Lunatic asylums Burma 1907-21 - 1907-1921
Year: 1907
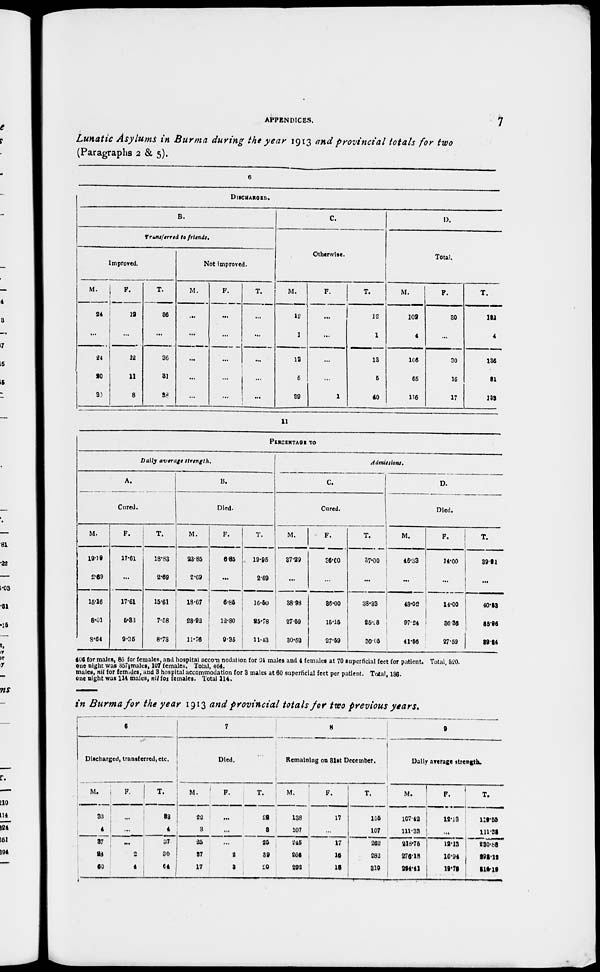
APPENDICES.
7
Lunatic Asylums in Burma during the year 1913 and provincial totals for two
(Paragraphs 2 & 5).
6
DISCHARGED.
B.
Transferred to friends.
Improved.
M.
24
...
24
20
30
F.
12
...
12
11
8
T.
36
...
36
31
38
Not improved.
M.
...
...
...
...
...
F.
...
...
...
...
...
T.
...
...
...
...
...
C.
Otherwise.
M.
12
1
13
5
39
F.
...
...
...
...
1
T.
12
1
13
5
40
D.
Total.
M.
102
4
106
65
116
F.
30
...
30
16
17
T.
132
4
136
81
233
11
PERCENTAGE TO
Daily average strength.
A.
Cured.
M.
19.19
2.69
15.16
8.01
8.64
F.
17.61
...
17.61
5.33
9.36
T.
18.83
2.69
15.61
7.58
8.73
B.
Died.
M.
23.85
2.69
18.67
28.22
11.76
F.
6.85
...
6.86
12.80
9.35
T.
19.95
2.69
16.50
25.78
11.43
Admissions.
C.
Cured.
M.
37.29
...
38.98
27.59
30.52
F.
56.60
...
36.00
15.15
27.59
T.
37..00
...
38.33
25.28
30.05
D.
Died.
M.
46.33
...
48.02
97.24
41.56
F.
14.00
...
14.00
36.36
27.59
T.
39.21
...
40.53
35.96
39.34
406 for males, 86 for females, and hospital accomodation for 24 males and 4 females at 70 superficial feet for patient. Total, 520.
one night was 357 males, 107 females. Total, 464.
males, nil for females, and 3 hospital accommodation for 3 males at 60 superficial feet per patient. Total, 136.
one night was 114 males, nil for females. Total 114.
in Burma for the year 1913 and provincial totals for two previous years.
6
Discharged, transferred, etc.
M.
33
4
37
28
60
F.
...
...
...
2
4
T.
33
4
37
30
64
7
Died.
M.
22
3
25
37
17
F.
...
...
...
2
3
T.
22
3
25
39
20
8
Remaining on 31st December.
M.
138
245
245
266
292
F.
17
...
17
16
13
T.
155
107
262
282
310
9
Daily average strength.
M.
107.42
111.33
218.75
276.18
294.41
F.
12.13
...
12.13
16.94
19.73
T.
119.55
111.38
230.88
293.12
314.19